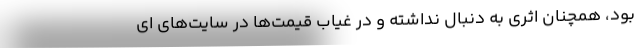
بود، همچنان اثری به دنبال نداشته و در غیاب قیمت‌ها در سایت‌های ای